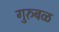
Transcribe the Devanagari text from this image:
गुरुबळ